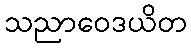
သညာဝေဒယိတ